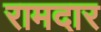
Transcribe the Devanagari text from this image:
रामदार